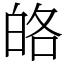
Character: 𤽥